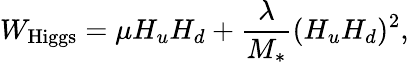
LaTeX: W_{\mathrm{Higgs}}=\mu H_{u}H_{d}+{\frac{\lambda}{M_{*}}}(H_{u}H_{d})^{2},